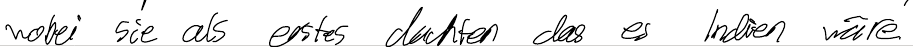
wobei sie als erstes dachten das es Indien wäre